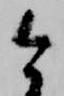
今